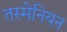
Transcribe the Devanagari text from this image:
तस्मेनियन